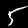
Label: 5